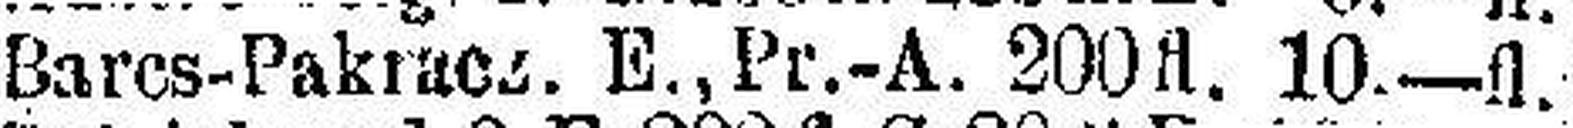
Barcs-Pakracz. E., Pr.-A. 200 fl. 10—fl.